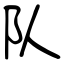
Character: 队